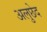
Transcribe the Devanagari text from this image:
अलुछेद